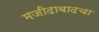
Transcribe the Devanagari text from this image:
मजीदाबादचा